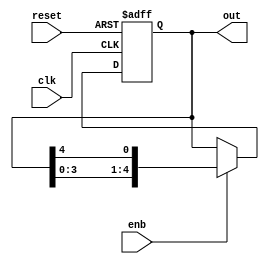
module bit_5_lfsr (out, enb, clk, reset);

    output reg [4:0] out;
    input enb, clk, reset;

    wire feed_back, feed_back2, feed_back3, temp;


    // assign feed_back = (out[4] ^ out[1]);

    always @(posedge clk or negedge reset)
    begin
        if (!reset)
        begin
            out <= 5'b00001 ;
        end
        else if (enb)
        begin
            out <= {out[3],out[2], out[1], out[0], out[4]};
        end
    end
endmodule